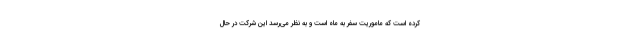
کرده است که ماموریت سفر به ماه است و به نظر می‌رسد این شرکت در حال